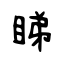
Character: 睇